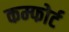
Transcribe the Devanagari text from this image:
कम्फोर्ट